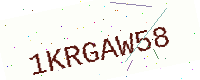
Text: 1KRGAW58